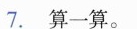
7.算一算。